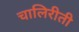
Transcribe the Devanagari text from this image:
चालिरीती